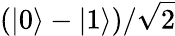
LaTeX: (|0\rangle-|1\rangle)/{\sqrt{2}}